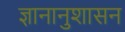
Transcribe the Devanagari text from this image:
ज्ञानानुशासन